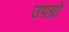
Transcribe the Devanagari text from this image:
उपग्रों